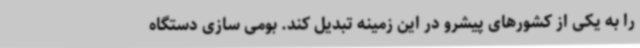
را به یکی از کشورهای پیشرو در این زمینه تبدیل کند. بومی سازی دستگاه